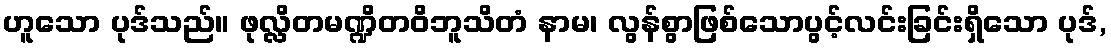
ဟူသော ပုဒ်သည်။ ဖုလ္လိတမဏ္ဍိတဝိဘူသိတံ နာမ၊ လွန်စွာဖြစ်သောပွင့်လင်းခြင်းရှိသော ပုဒ်,